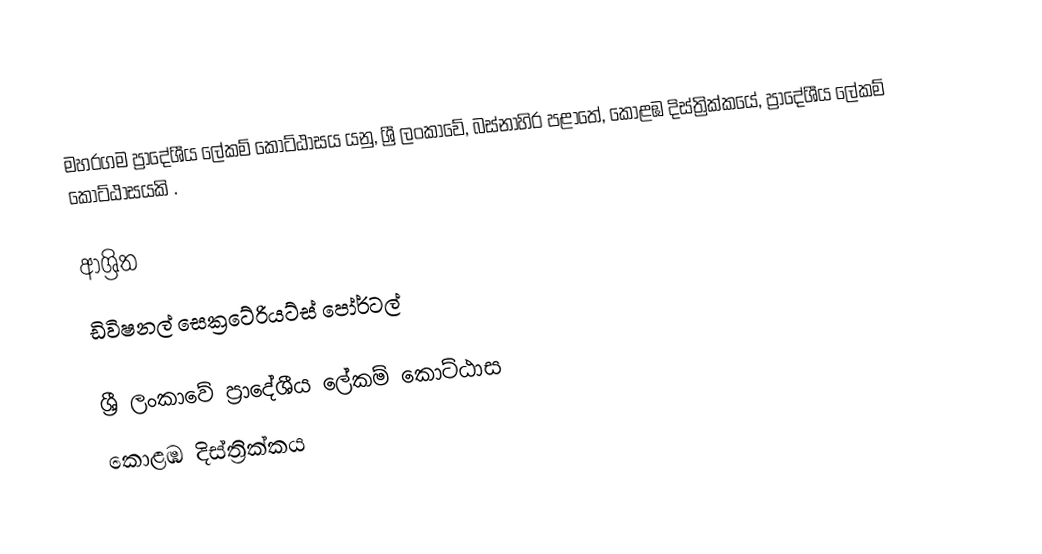
මහරගම ප්‍රාදේශීය ලේකම් කොට්ඨාසය යනු,  ශ්‍රී ලංකාවේ, බස්නාහිර පළාතේ,   කොළඹ දිස්ත්‍රික්කයේ, ප්‍රාදේශීය ලේකම් කොට්ඨාසයකි .

ආශ්‍රිත
 ඩිවිෂනල් සෙක්‍රටේරියට්ස් පෝර්ටල්

ශ්‍රී ලංකාවේ ප්‍රාදේශීය ලේකම් කොට්ඨාස
කොළඹ දිස්ත්‍රික්කය